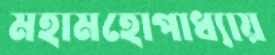
মহামহোপাধ্যায়